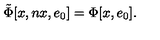
\tilde { \Phi } \lbrack x , n x , e \sb { 0 } \rbrack = \Phi \lbrack x , e \sb { 0 } \rbrack .